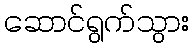
ဆောင်ရွက်သွား